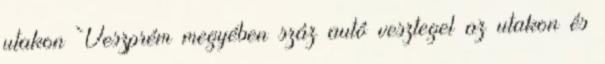
utakon Veszprém megyében száz autó vesztegel az utakon és